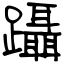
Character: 躡